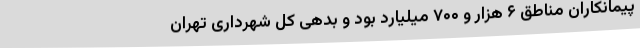
پیمانکاران مناطق ۶ هزار و ۷۰۰ میلیارد بود و بدهی کل شهرداری تهران